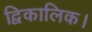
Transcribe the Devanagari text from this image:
द्विकालिक।